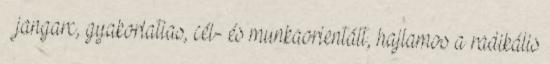
– jangarc, gyakorlatias, cél- és munkaorientált, hajlamos a radikális